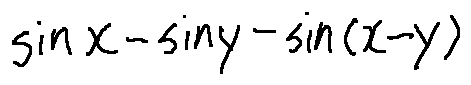
\sin x - \sin y - \sin ( x - y )